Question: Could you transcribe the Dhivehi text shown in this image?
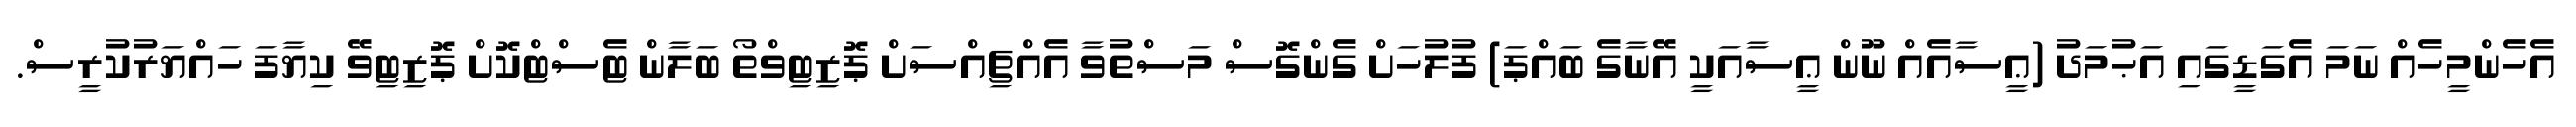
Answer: އެހެންމީހެއް ނަމަ އެގަޑީގައި އަޙުމަދު (ޢީސާއެއް ނޫން ޢީސާއަކީ އޭނާގެ ބައްޕަ) ފުލުހަށް ގެންގޮސް މަސްތުވާ އެއްޗިއްސަށް ޕޮޒިޓިވްތޯ ބަލާން ޓެސްޓްކޮށް ޕޮޒިޓިވޭ ކިޔާފަ ހައްޔަރުކުރީސް.